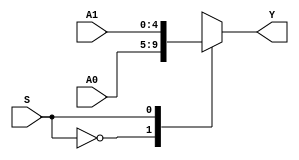
`timescale 1ns / 1ps
//////////////////////////////////////////////////////////////////////////////////
// Company: 
// Engineer: 
// 
// Design Name: 
// Module Name: MUX2X5
// Project Name: 
// Target Devices: 
// Tool Versions: 
// Description: 
// 
// Dependencies: 
// 
// Revision:
// Revision 0.01 - File Created
// Additional Comments:
// 
//////////////////////////////////////////////////////////////////////////////////

module MUX2X5(A0,A1,S,Y);
    input [4:0]A0,A1;
    input S;
    output [4:0] Y;
    function [4:0] select;
        input [4:0] A0,A1;
        input S;
            case(S)
                1'b0:select=A0;
                1'b1:select=A1;
        endcase
    endfunction
    assign Y=select(A0,A1,S);
endmodule